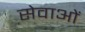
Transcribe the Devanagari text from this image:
सेवाओंं